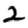
Digit: 2